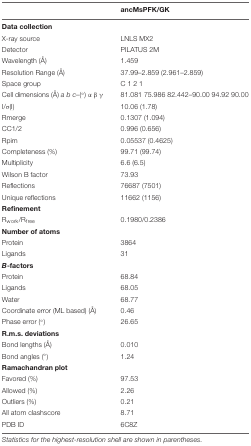
<table><thead><tr><td></td><td><b>ancMsPFK/GK</b></td></tr></thead><tbody><tr><td colspan="2"><b>Data collection</b></td></tr><tr><td>X-ray source</td><td>LNLS MX2</td></tr><tr><td>Detector</td><td>PILATUS 2M</td></tr><tr><td>Wavelength (Å)</td><td>1.459</td></tr><tr><td>Resolution Range (Å)</td><td>37.99–2.859 (2.961–2.859)</td></tr><tr><td>Space group</td><td>C 1 2 1</td></tr><tr><td>Cell dimensions (Å) <i>a b c</i>–(°) α β γ</td><td>81.081 75.986 82.442–90.00 94.92 90.00</td></tr><tr><td>I/σ(I)</td><td>10.06 (1.78)</td></tr><tr><td>Rmerge</td><td>0.1307 (1.094)</td></tr><tr><td>CC1/2</td><td>0.996 (0.656)</td></tr><tr><td>Rpim</td><td>0.05537 (0.4625)</td></tr><tr><td>Completeness (%)</td><td>99.71 (99.74)</td></tr><tr><td>Multiplicity</td><td>6.6 (6.5)</td></tr><tr><td>Wilson B factor</td><td>73.93</td></tr><tr><td>Reflections</td><td>76687 (7501)</td></tr><tr><td>Unique reflections</td><td>11662 (1156)</td></tr><tr><td colspan="2"><b>Refinement</b></td></tr><tr><td>R<sub>work</sub>/R<sub>free</sub></td><td>0.1980/0.2386</td></tr><tr><td colspan="2"><b>Number of atoms</b></td></tr><tr><td>Protein</td><td>3864</td></tr><tr><td>Ligands</td><td>31</td></tr><tr><td colspan="2"><b><i>B</i>-factors</b></td></tr><tr><td>Protein</td><td>68.84</td></tr><tr><td>Ligands</td><td>68.05</td></tr><tr><td>Water</td><td>68.77</td></tr><tr><td>Coordinate error (ML based) (Å)</td><td>0.46</td></tr><tr><td>Phase error (°)</td><td>26.65</td></tr><tr><td colspan="2"><b>R.m.s. deviations</b></td></tr><tr><td>Bond lengths (Å)</td><td>0.010</td></tr><tr><td>Bond angles (°)</td><td>1.24</td></tr><tr><td colspan="2"><b>Ramachandran plot</b></td></tr><tr><td>Favored (%)</td><td>97.53</td></tr><tr><td>Allowed (%)</td><td>2.26</td></tr><tr><td>Outliers (%)</td><td>0.21</td></tr><tr><td>All atom clashscore</td><td>8.71</td></tr><tr><td>PDB ID</td><td>6C8Z</td></tr></tbody></table>